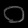
Digit: ၀